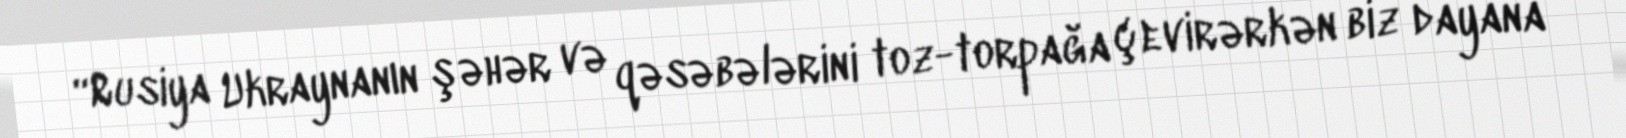
“Rusiya Ukraynanın şəhər və qəsəbələrini toz-torpağa çevirərkən biz dayana